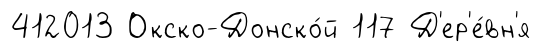
412013 Окско-Донско́й 117 Д'ер'е́вн'я